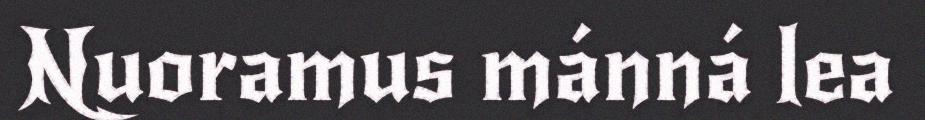
Nuoramus mánná lea